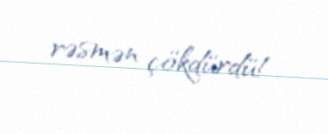
rəsmən çökdürdü!.